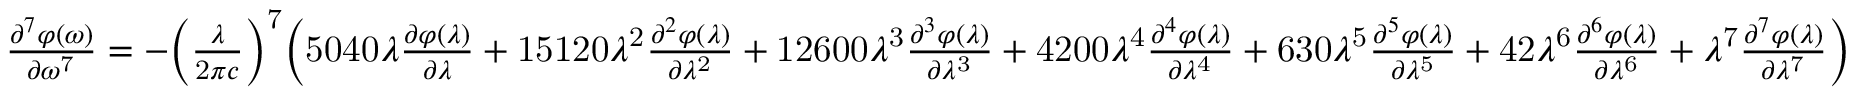
{ \begin{array} { l } { { \frac { { \partial } ^ { 7 } \varphi \mathrm { ( } \omega \mathrm { ) } } { \partial { \omega } ^ { \mathrm { 7 } } } } = { - } { \left( { \frac { \lambda } { \mathrm { 2 } \pi c } } \right) } ^ { \mathrm { 7 } } { \Bigl ( } \mathrm { 5 0 4 0 } \lambda { \frac { \partial \varphi \mathrm { ( } \lambda \mathrm { ) } } { \partial \lambda } } + \mathrm { 1 5 1 2 0 } { \lambda } ^ { \mathrm { 2 } } { \frac { { \partial } ^ { 2 } \varphi \mathrm { ( } \lambda \mathrm { ) } } { \partial { \lambda } ^ { \mathrm { 2 } } } } + \mathrm { 1 2 6 0 0 } { \lambda } ^ { \mathrm { 3 } } { \frac { { \partial } ^ { 3 } \varphi \mathrm { ( } \lambda \mathrm { ) } } { \partial { \lambda } ^ { \mathrm { 3 } } } } + \mathrm { 4 2 0 0 } { \lambda } ^ { \mathrm { 4 } } { \frac { { \partial } ^ { 4 } \varphi \mathrm { ( } \lambda \mathrm { ) } } { \partial { \lambda } ^ { \mathrm { 4 } } } } + \mathrm { 6 3 0 } { \lambda } ^ { \mathrm { 5 } } { \frac { { \partial } ^ { 5 } \varphi \mathrm { ( } \lambda \mathrm { ) } } { \partial { \lambda } ^ { \mathrm { 5 } } } } + \mathrm { 4 2 } { \lambda } ^ { \mathrm { 6 } } { \frac { { \partial } ^ { 6 } \varphi \mathrm { ( } \lambda \mathrm { ) } } { \partial { \lambda } ^ { \mathrm { 6 } } } } + { \lambda } ^ { \mathrm { 7 } } { \frac { { \partial } ^ { 7 } \varphi \mathrm { ( } \lambda \mathrm { ) } } { \partial { \lambda } ^ { \mathrm { 7 } } } } { \Bigr ) } } \end{array} }